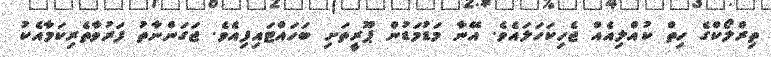
ތިރްލޯކްގެ ހިތް ކުއްލިއެއް ޖެހިކަހަލައެވެ. އޭނާ މަޑުމަޑުން ޕޫރީތަށި ބަހައްޓައިފިއެވެ. ޖަގަންނާތު ފަރުވާތެރިކަމާއެކު